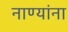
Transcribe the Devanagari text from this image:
नाण्यांना